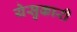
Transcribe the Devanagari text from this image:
येसुकारी